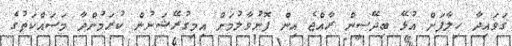
ގަވައިދާ ހިލާފަށް އުޅޭ ބިދޭސީން ރާއްޖެ އިން ފޮނުވާލުމަށް އިމިގުރޭޝަނުން ކުރަމުންދާ މަސައްކަތުގެ